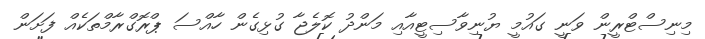
މިނިސްޓްރީން ވަނީ ގައުމީ ޔުނިވާސިޓީއާއި މަންދު ކޮލެޖާ ގުޅިގެން ހާއްސަ ޕްރޮގްރާމްތަކެއް ފަށަން